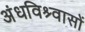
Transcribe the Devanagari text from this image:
अंधविश्र्वासों